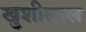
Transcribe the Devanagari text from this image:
खुशीलाल